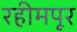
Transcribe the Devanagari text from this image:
रहीमपूर